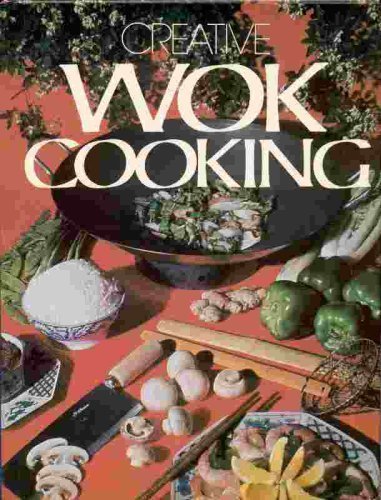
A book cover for Creative Wok Cooking; Ethel Graham; Cookbooks, Food & Wine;